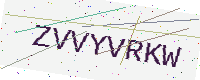
Text: ZVVYVRKW